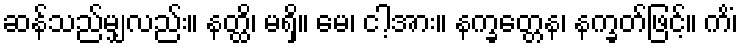
ဆန်သည်မျှလည်း။ နတ္ထိ၊ မရှိ။ မေ၊ ငါ့အား။ နက္ခတ္တေန၊ နက္ခတ်ဖြင့်။ ကိံ၊